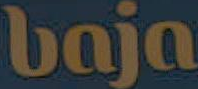
baja